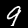
Label: 9